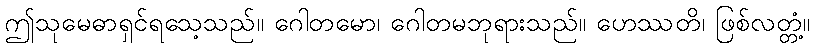
ဤသုမေဓာရှင်ရသေ့သည်။ ဂေါတမော၊ ဂေါတမဘုရားသည်။ ဟေဿတိ၊ ဖြစ်လတ္တံ့။